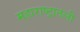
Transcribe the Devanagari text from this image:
महाराष्ट्रातली